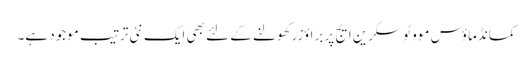
کمانڈ ماؤس موو ٹو سکرین ایج پر براؤزر کھولنے کے لئے بھی ایک نئی ترتیب موجود ہے۔